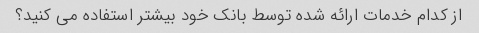
از کدام خدمات ارائه شده توسط بانک خود بیشتر استفاده می کنید؟